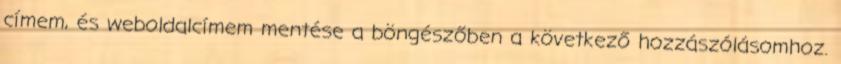
címem, és weboldalcímem mentése a böngészőben a következő hozzászólásomhoz.